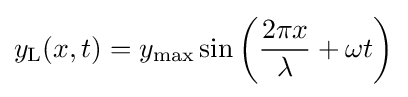
y_{\text{L}}(x,t)=y_{\text{max}}\sin \left({2\pi x \over \lambda }+\omega t\right)